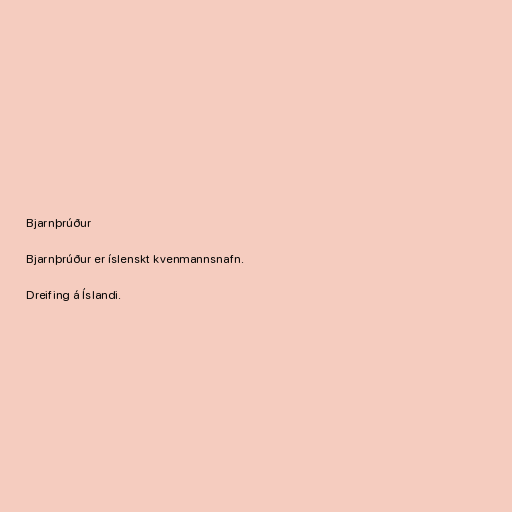
Bjarnþrúður

Bjarnþrúður er íslenskt kvenmannsnafn.

Dreifing á Íslandi.